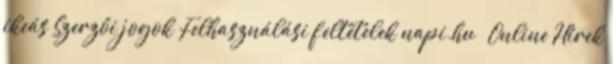
ikeás Szerzői jogok Felhasználási feltételek napi.hu – Online Hírek